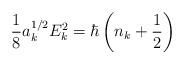
LaTeX: \begin{align*}\frac{1}{8} a_{k}^{1/2} E_{k}^{2} = \hbar \left( n_{k} + \frac{1}{2}\right)\end{align*}